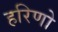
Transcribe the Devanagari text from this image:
हरिणो